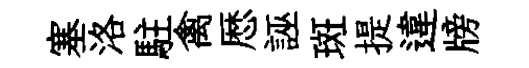
塞洛駐禽厯誣斑提違牓